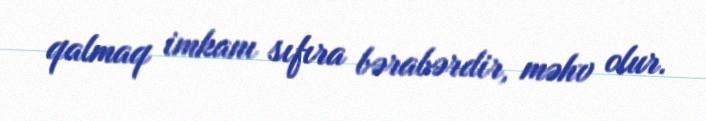
qalmaq imkanı sıfıra bərabərdir, məhv olur.